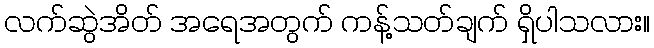
လက်ဆွဲအိတ် အရေအတွက် ကန့်သတ်ချက် ရှိပါသလား။